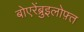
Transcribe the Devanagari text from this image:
बोएरेंब्रुइलोफ़्त